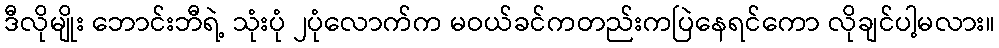
ဒီလိုမျိုး ဘောင်းဘီရဲ့ သုံးပုံ ၂ပုံလောက်က မဝယ်ခင်ကတည်းကပြဲနေရင်ကော လိုချင်ပါ့မလား။